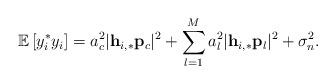
LaTeX: \begin{align*} \mathbb{E}\left[y_i^* y_i\right]=a_c^2\lvert\mathbf{h}_{i,*}\mathbf{p}_c\rvert^2+\sum_{l=1}^M a_l^2\lvert\mathbf{h}_{i,*}\mathbf{p}_l\rvert^2+\sigma_n^2.\end{align*}